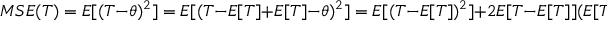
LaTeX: M S E ( T ) = E [ ( T - \theta ) ^ { 2 } ] = E [ ( T - E [ T ] + E [ T ] - \theta ) ^ { 2 } ] = E [ ( T - E [ T ] ) ^ { 2 } ] + 2 E [ T - E [ T ] ] ( E [ T ] - \theta ) + ( E [ T ] - \theta ) ) ^ { 2 } = V a r ( T ) + ( E [ T ] - \theta ) ^ { 2 }